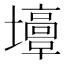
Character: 𡓣